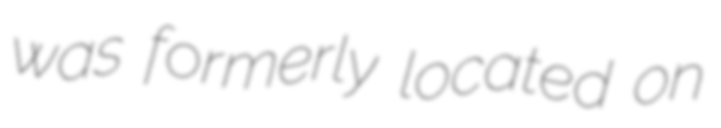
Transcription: was formerly located on